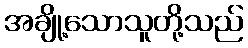
အချို့သောသူတို့သည်